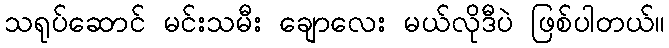
သရုပ်ဆောင် မင်းသမီး ချောလေး မယ်လိုဒီပဲ ဖြစ်ပါတယ်။